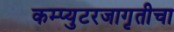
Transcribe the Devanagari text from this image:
कम्प्युटरजागृतीचा